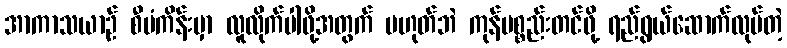
အာကာသယာဉ် စီမံကိန်းမှာ လူလိုက်ပါဖို့အတွက် မဟုတ်ဘဲ ကုန်ပစ္စည်းတင်ဖို့ ရည်ရွယ်ဆောက်လုပ်တဲ့